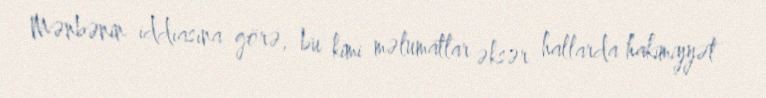
Mənbənin iddiasına görə, bu kimi məlumatlar əksər hallarda hakimiyyət